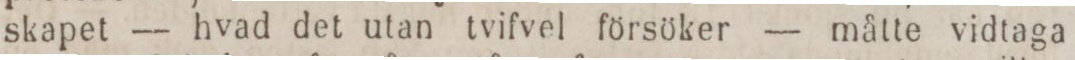
skapet — hvad det utan tvifvel försöker — måtte vidtaga